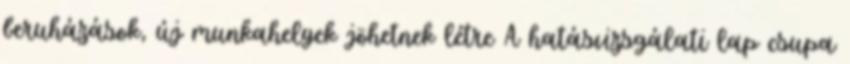
beruházások, új munkahelyek jöhetnek létre A hatásvizsgálati lap csupa